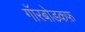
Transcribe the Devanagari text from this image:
गॉरबोडकफ़